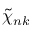
\tilde { \chi } _ { n k }